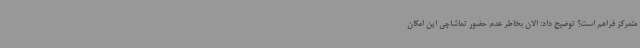
متمرکز فراهم است؟ توضیح داد: الان بخاطر عدم حضور تماشاچی این امکان